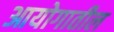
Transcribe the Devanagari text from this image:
आयोगातील